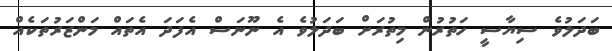
ބަދަލުވެ ސިޔާސީ ހަތުރުން މިތުރަށް ބަދަލުވެ އެ ނޫނަސް އެފަދަ އެތައް މަންޒަރުތަކެއް